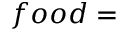
f o o d =